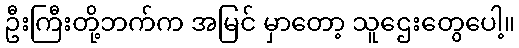
ဦးကြီးတို့ဘက်က အမြင် မှာတော့ သူဌေးတွေပေါ့။